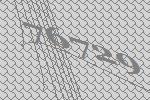
76729